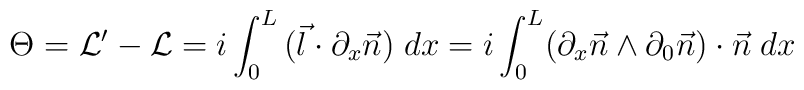
\Theta = {\cal L}^{\prime} - {\cal L} = i \int_{0}^{L}\\  (\vec{l} \cdot \partial_{x}\vec{n})\; dx =\\ i \int_{0}^{L} (\partial_{x}\vec{n} \wedge \partial_{0}\vec{n})\cdot \vec{n} \; dx